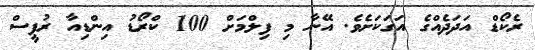
ރެކޯޑް އަދަދެއްގެ އަގަކަށެވެ. އޭނާ މި ފިލްމަށް 100 ކްރޯޑު އިންޑިއާ ރުޕީސް